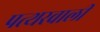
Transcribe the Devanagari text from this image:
पत्थरवाली